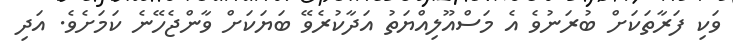
ވަކި ފަރާތަކަށް ބުރަނުވެ އެ މަސްއޫލިއްޔަތު އަދާކުރެވޭ ބަޔަކަށް ވާންޖެހޭނެ ކަމަށެވެ. އަދި